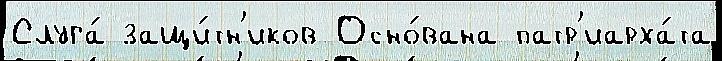
Слуга́ защи́тн'иков Осно́вана патр'иарха́та